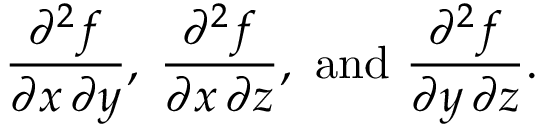
{ \frac { \partial ^ { 2 } f } { \partial x \, \partial y } } , \; { \frac { \partial ^ { 2 } f } { \partial x \, \partial z } } , { \mathrm { ~ a n d ~ } } { \frac { \partial ^ { 2 } f } { \partial y \, \partial z } } .